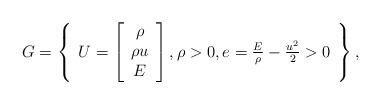
LaTeX: \begin{align*}G=\left\{\begin{array}{l}U=\left[\begin{array}{ccc}\rho\\\rho u\\E \end{array}\right],\rho>0,e=\frac{E}{\rho}-\frac{u^2}{2}>0\end{array}\right\},\end{align*}